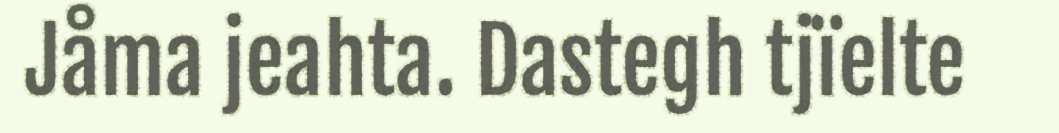
Jåma jeahta. Dastegh tjïelte